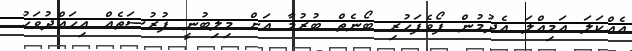
އެއްކަލަ އަމިއްލަ އެދުމުން ފޯވެފަހުރި ބޯނެތް ބުރުމާ އަށް މިލިބުނީ ފުރުސަތެއް އިހައްދުވަހު